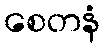
စေတနံ